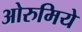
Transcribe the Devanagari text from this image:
ओरुमिये